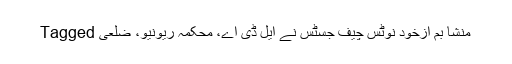
Tagged منشا بم ازخود نوٹس چیف جسٹس نے ایل ڈی اے، محکمہ ریونیو، ضلعی